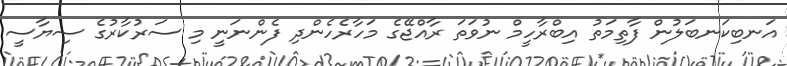
އަނބިކަނބަލުން ފާތިމަތު އިބްރާހީމް ނުވަތަ ރާއްޖޭގެ މަހާރެހެންދި ފެންނަނީ މި ސަރުކާރުގެ ސިޔާސީ